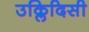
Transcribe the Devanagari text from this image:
उक्लिदिसी